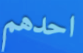
احدهم